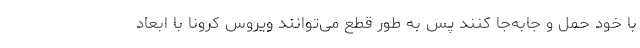
با خود حمل و جابه‌جا کنند پس به طور قطع می‌توانند ویروس کرونا با ابعاد